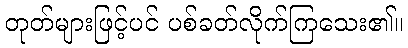
တုတ်များဖြင့်ပင် ပစ်ခတ်လိုက်ကြသေး၏။